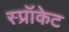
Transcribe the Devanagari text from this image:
स्प्रॉकेट